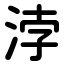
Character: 浡